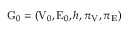
\mathrm { G } _ { 0 } = \left( \mathrm { V } _ { 0 } , \mathrm { E } _ { 0 } , h , \pi _ { \mathrm { V } } , \pi _ { \mathrm { E } } \right)